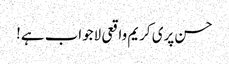
حسن پری کریم واقعی لاجواب ہے!